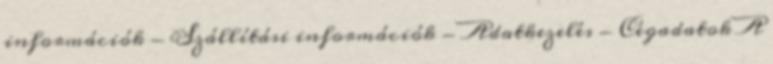
információk - Szállítási információk - Adatkezelés - Cégadatok A